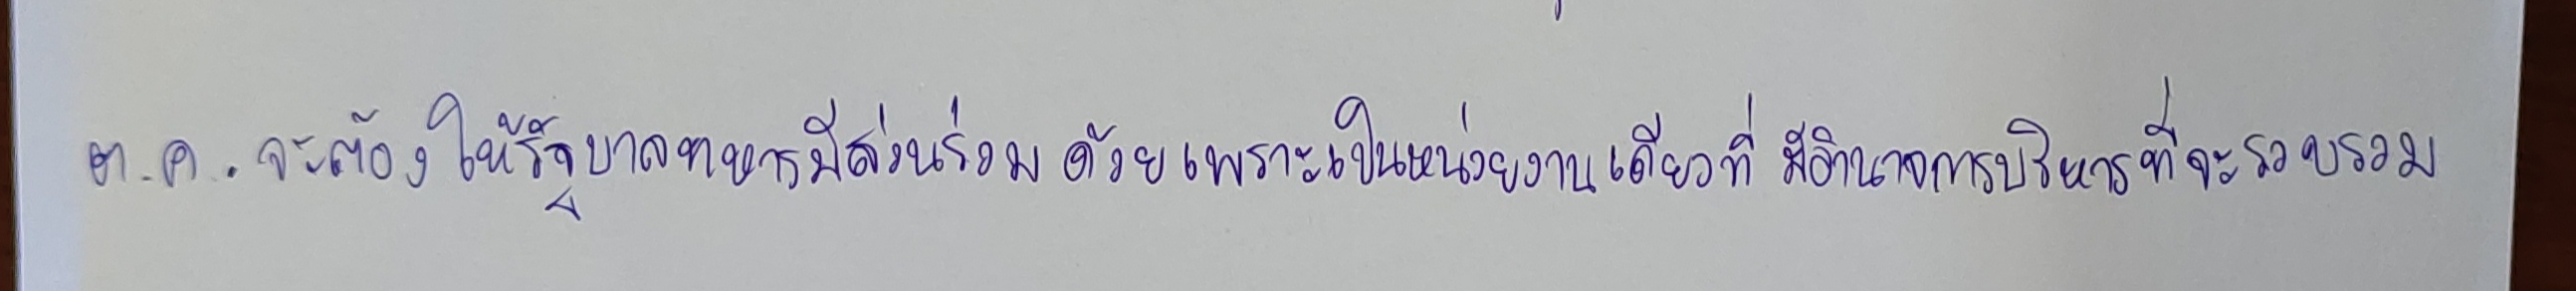
ต.ค.จะต้องให้รัฐบาลทหารมีส่วนร่วมด้วยเพราะเป็นหน่วยงานเดียวที่มีอำนาจการบริหารที่จะรวบรวม